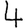
Digit: 4